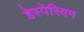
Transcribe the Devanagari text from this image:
हेस्पेरियम